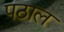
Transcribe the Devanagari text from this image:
पठाल